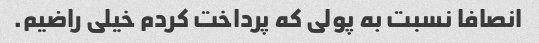
انصافا نسبت به پولی که پرداخت کردم خیلی راضیم.